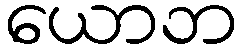
ယောဘ